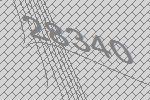
28340